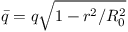
\Bar { q } = q \sqrt { 1 - r ^ { 2 } / R _ { 0 } ^ { 2 } }